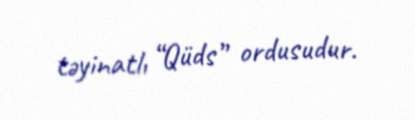
təyinatlı “Qüds” ordusudur.